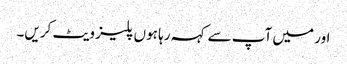
اور میں آپ سے کہہ رہا ہوں پلیز ویٹ کریں۔